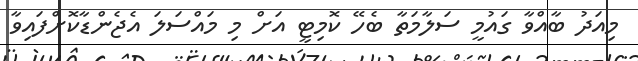
މިއަދު ބާއްވާ ގައުމީ ސަލާމަތާ ބެހޭ ކޮމިޓީ އަށް މި މައްސަލަ އެޖެންޑާކޮށްފައިވާ